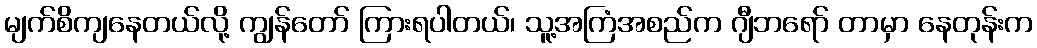
မျက်စိကျနေတယ်လို့ ကျွန်တော် ကြားရပါတယ်၊ သူ့အကြံအစည်က ဂျီဘရော် တာမှာ နေတုန်းက